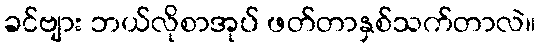
ခင်ဗျား ဘယ်လိုစာအုပ် ဖတ်တာနှစ်သက်တာလဲ။